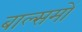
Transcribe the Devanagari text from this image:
बाल्समों